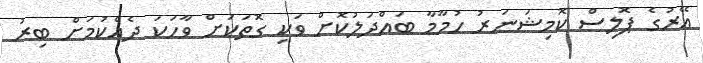
އޭރުގެ ޕޮލިސް ކޮމިޝަނަރު ހުމާމާ ބައްދަލުކޮށް ވަކި ގޮތަކަށް ވާހަކަ ދެއްކުމަށް ބިރު